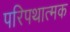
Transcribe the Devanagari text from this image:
परिपथात्मक